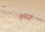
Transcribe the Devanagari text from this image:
७१८४